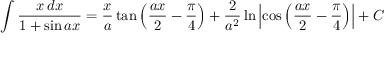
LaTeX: \int { \frac { x \, d x } { 1 + \sin a x } } = { \frac { x } { a } } \tan \left( { \frac { a x } { 2 } } - { \frac { \pi } { 4 } } \right) + { \frac { 2 } { a ^ { 2 } } } \ln \left| \cos \left( { \frac { a x } { 2 } } - { \frac { \pi } { 4 } } \right) \right| + C